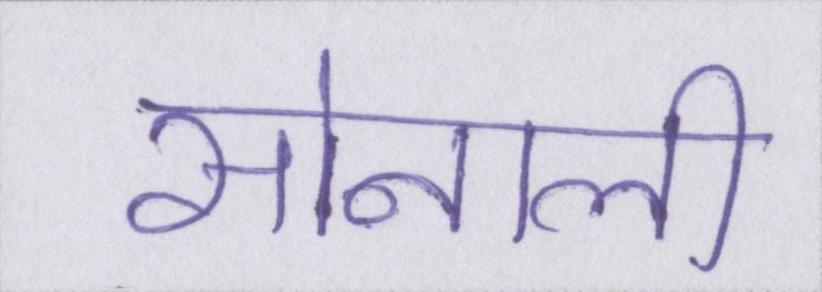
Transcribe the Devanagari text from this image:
सोनाली